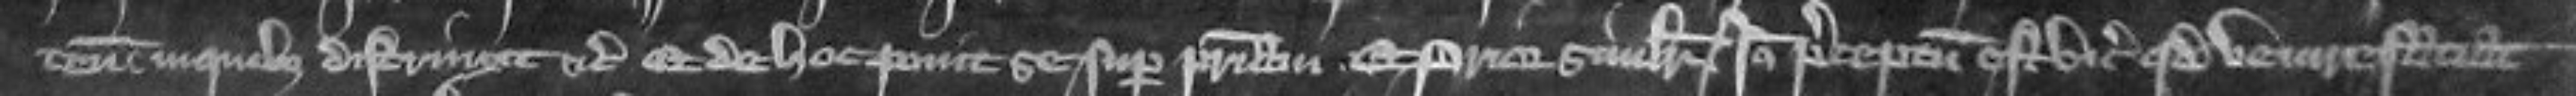
tenementis in quibus distrinxit etc Et de hoc ponit se super patriam Et prior similiter Ideo preceptum est vicecomiti quod venire faciat